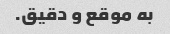
به موقع و دقیق.